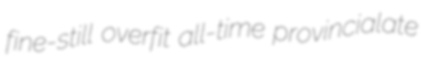
fine-still overfit all-time provincialate